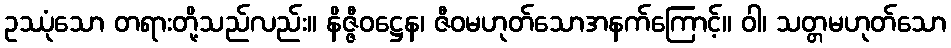
ဥဿုံသော တရားတို့သည်လည်း။ နိဇ္ဇီဝဋ္ဌေန၊ ဇီဝမဟုတ်သောအနက်ကြောင့်။ ဝါ၊ သတ္တမဟုတ်သော